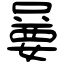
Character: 嘦